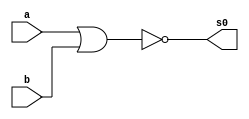
/*
01.) Realizar a simulao de um operador de meia-soma
     usando apenas portas NOR
     (modelo tradicional AND, OR, NOT, AND, s0 e s1)
     DICA Usar definies de portas da prpria linguagem
           para criar novos mdulos

           nor NOR01 (s, x, y); */
           
module norGate (s0,a,b);
       output s0;
       input a,b;
       
       assign s0=~(a|b);
       
endmodule

module HalfAdder (s0,s1,p,q);
       output s0,s1;
       input p,q;
       
       norGate NOR1 (s2,p,q);
       norGate NOR2 (s3,p,p);
       norGate NOR3 (s4,q,q);
       norGate NOR4 (s1,s3,s4);
       norGate NOR5 (s0,s2,s1);
endmodule

module Teste;
       reg p,q;
       wire s0,s1;
       
       HalfAdder HA (s0,s1,p,q);
       
       initial begin
              
       $display ("Ex01_Guia04_Rafael Moreira Melo_405834");
       $display ("Teste EX01");
       
       $monitor ("%b + %b = %b %b", p,q,s1,s0);
       
       p=0; q=0;
       
    #1 p=1; q=0;
    #1 p=0; q=1;
    #1 p=1; q=1;

end
endmodule